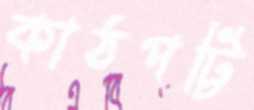
কাঠপট্টি